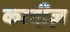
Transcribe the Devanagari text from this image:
कादीज़